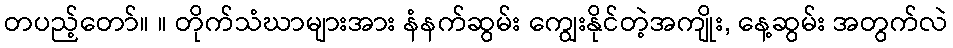
တပည့်တော်။ ။ တိုက်သံဃာများအား နံနက်ဆွမ်း ကျွေးနိုင်တဲ့အကျိုး, နေ့ဆွမ်း အတွက်လဲ